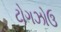
ટોગઝોઉ